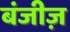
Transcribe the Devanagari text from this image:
बंजीज़